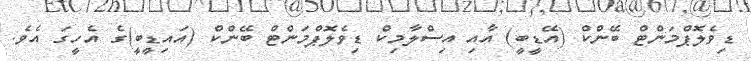
ޑިވެލޮޕްމަންޓް ބޭންކް (އޭޑީބީ) އާއި އިސްލާމިކް ޑިވެލޮޕްމަންޓް ބޭންކް (އައިޑީބީ)ގެ އެހީގަ އެވެ.